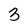
Character: 3